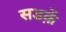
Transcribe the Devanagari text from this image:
सडक़ें